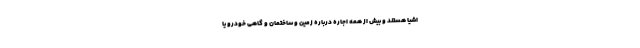
اشیا هستند و بیش از همه اجاره درباره زمین و ساختمان و گاهی خودرو یا